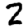
Digit: 2